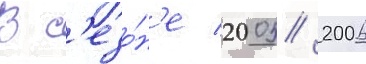
В с'езо́н'е 2005/ 2006